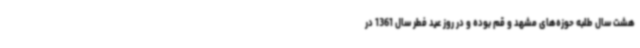
هشت سال طلبه حوزه‌های مشهد و قم بوده و در روز عید فطر سال 1361 در